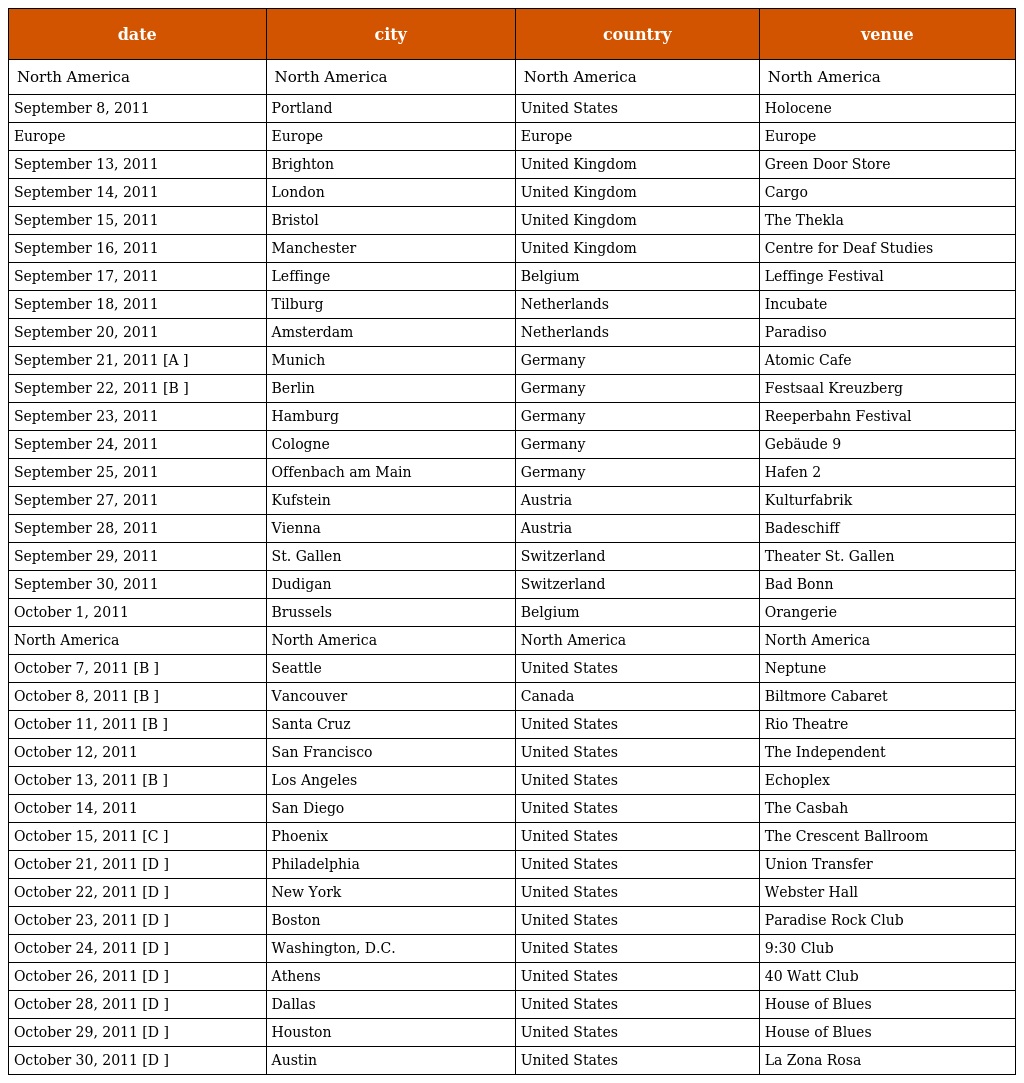
| date | city | country | venue |
 | --- | --- | --- | --- |
 | North America | North America | North America | North America |
 | September 8, 2011 | Portland | United States | Holocene |
 | Europe | Europe | Europe | Europe |
 | September 13, 2011 | Brighton | United Kingdom | Green Door Store |
 | September 14, 2011 | London | United Kingdom | Cargo |
 | September 15, 2011 | Bristol | United Kingdom | The Thekla |
 | September 16, 2011 | Manchester | United Kingdom | Centre for Deaf Studies |
 | September 17, 2011 | Leffinge | Belgium | Leffinge Festival |
 | September 18, 2011 | Tilburg | Netherlands | Incubate |
 | September 20, 2011 | Amsterdam | Netherlands | Paradiso |
 | September 21, 2011 [A ] | Munich | Germany | Atomic Cafe |
 | September 22, 2011 [B ] | Berlin | Germany | Festsaal Kreuzberg |
 | September 23, 2011 | Hamburg | Germany | Reeperbahn Festival |
 | September 24, 2011 | Cologne | Germany | Gebäude 9 |
 | September 25, 2011 | Offenbach am Main | Germany | Hafen 2 |
 | September 27, 2011 | Kufstein | Austria | Kulturfabrik |
 | September 28, 2011 | Vienna | Austria | Badeschiff |
 | September 29, 2011 | St. Gallen | Switzerland | Theater St. Gallen |
 | September 30, 2011 | Dudigan | Switzerland | Bad Bonn |
 | October 1, 2011 | Brussels | Belgium | Orangerie |
 | North America | North America | North America | North America |
 | October 7, 2011 [B ] | Seattle | United States | Neptune |
 | October 8, 2011 [B ] | Vancouver | Canada | Biltmore Cabaret |
 | October 11, 2011 [B ] | Santa Cruz | United States | Rio Theatre |
 | October 12, 2011 | San Francisco | United States | The Independent |
 | October 13, 2011 [B ] | Los Angeles | United States | Echoplex |
 | October 14, 2011 | San Diego | United States | The Casbah |
 | October 15, 2011 [C ] | Phoenix | United States | The Crescent Ballroom |
 | October 21, 2011 [D ] | Philadelphia | United States | Union Transfer |
 | October 22, 2011 [D ] | New York | United States | Webster Hall |
 | October 23, 2011 [D ] | Boston | United States | Paradise Rock Club |
 | October 24, 2011 [D ] | Washington, D.C. | United States | 9:30 Club |
 | October 26, 2011 [D ] | Athens | United States | 40 Watt Club |
 | October 28, 2011 [D ] | Dallas | United States | House of Blues |
 | October 29, 2011 [D ] | Houston | United States | House of Blues |
 | October 30, 2011 [D ] | Austin | United States | La Zona Rosa |